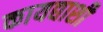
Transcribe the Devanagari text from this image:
कायद्याशी